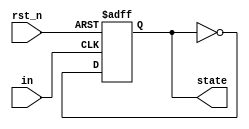
module FSM_CAP(in, rst_n, state);
    input in;
    input rst_n;
    output reg state;
    
    always@(posedge in or negedge rst_n)
        if (~rst_n) state <= 0;
        else state <= ~state;

endmodule